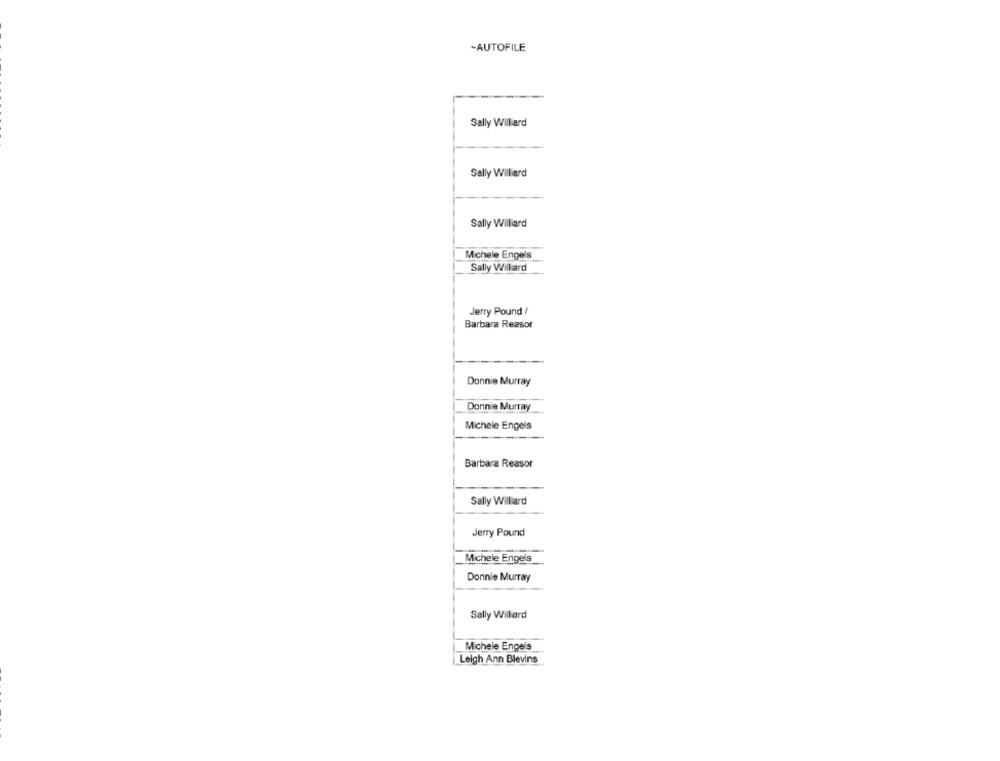
-AUTOFILE
Sally Williard
Sally Williard
Sally Williard
Michele Engels
Sally Willard
Jerry Pound /
Barbara Reasor
Donnie Murray
Donnie Murray
Michele Engels
Barbara Reasor
Sally Williard
Jerry Pound
Michele Engels
Donnie Murray
Sally Willard
Michele Engels
Leigh Ann Blevins